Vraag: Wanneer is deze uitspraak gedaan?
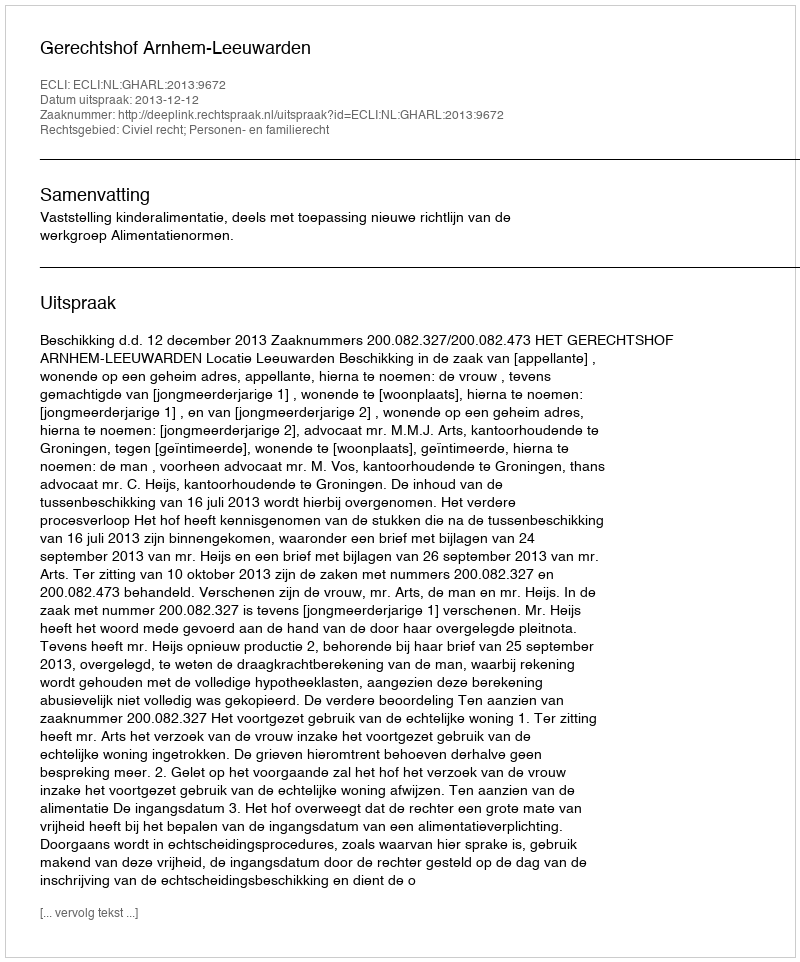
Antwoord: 2013-12-12